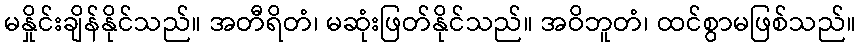
မနှိုင်းချိန်နိုင်သည်။ အတီရိတံ၊ မဆုံးဖြတ်နိုင်သည်။ အဝိဘူတံ၊ ထင်စွာမဖြစ်သည်။